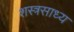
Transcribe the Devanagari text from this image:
शस्त्रसाध्य